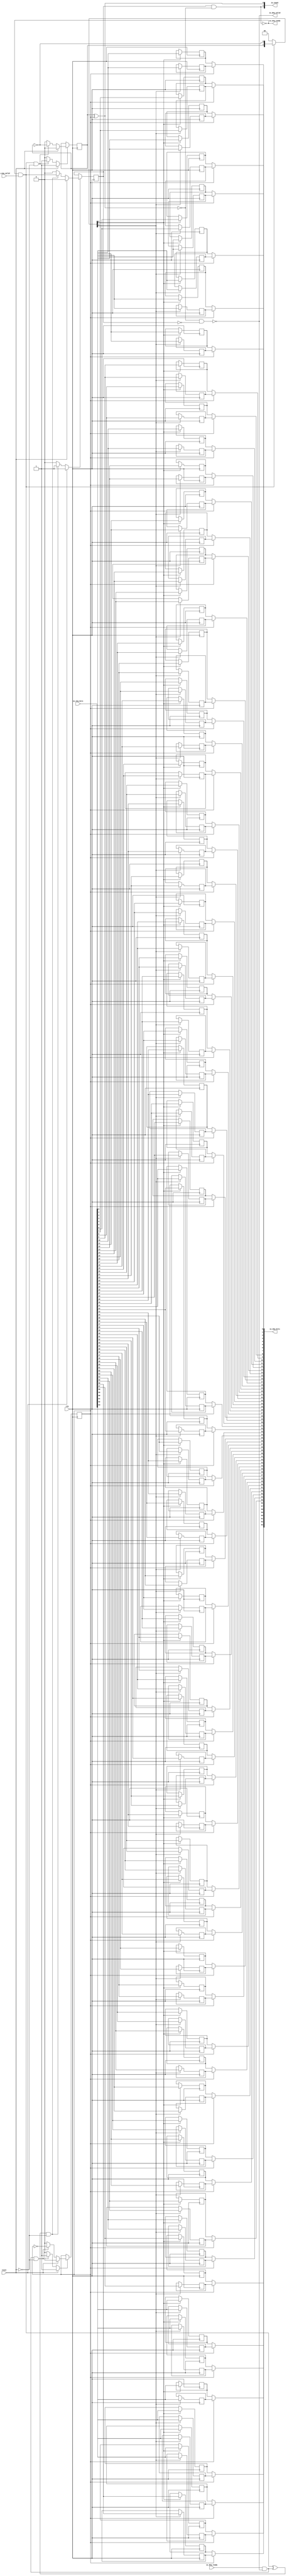
module Queue_1
(
  clk,
  reset,
  io_enq_ready,
  io_enq_valid,
  io_enq_bits,
  io_deq_ready,
  io_deq_valid,
  io_deq_bits,
  io_count
);

  input [63:0] io_enq_bits;
  output [63:0] io_deq_bits;
  output [1:0] io_count;
  input clk;
  input reset;
  input io_enq_valid;
  input io_deq_ready;
  output io_enq_ready;
  output io_deq_valid;
  wire [63:0] io_deq_bits;
  wire [1:0] io_count;
  wire io_enq_ready,io_deq_valid,N0,N1,N2,N3,N4,do_deq,T3,do_enq,T6,ptr_match,T9,N5,
  empty,T13,full,N6,N7,N8,N9,N10,N11,N12,N13,N14,N15,N16,N17,N18,N19,N21,N22,N23,N24,
  N25,N26;
  reg R1,N20,maybe_full;
  reg [127:0] ram;
  assign N0 = N20 ^ R1;
  assign ptr_match = ~N0;
  assign T9 = do_enq ^ do_deq;
  assign io_deq_bits[63] = (N5)? ram[63] : 
                           (N1)? ram[127] : 1'b0;
  assign N1 = R1;
  assign io_deq_bits[62] = (N5)? ram[62] : 
                           (N1)? ram[126] : 1'b0;
  assign io_deq_bits[61] = (N5)? ram[61] : 
                           (N1)? ram[125] : 1'b0;
  assign io_deq_bits[60] = (N5)? ram[60] : 
                           (N1)? ram[124] : 1'b0;
  assign io_deq_bits[59] = (N5)? ram[59] : 
                           (N1)? ram[123] : 1'b0;
  assign io_deq_bits[58] = (N5)? ram[58] : 
                           (N1)? ram[122] : 1'b0;
  assign io_deq_bits[57] = (N5)? ram[57] : 
                           (N1)? ram[121] : 1'b0;
  assign io_deq_bits[56] = (N5)? ram[56] : 
                           (N1)? ram[120] : 1'b0;
  assign io_deq_bits[55] = (N5)? ram[55] : 
                           (N1)? ram[119] : 1'b0;
  assign io_deq_bits[54] = (N5)? ram[54] : 
                           (N1)? ram[118] : 1'b0;
  assign io_deq_bits[53] = (N5)? ram[53] : 
                           (N1)? ram[117] : 1'b0;
  assign io_deq_bits[52] = (N5)? ram[52] : 
                           (N1)? ram[116] : 1'b0;
  assign io_deq_bits[51] = (N5)? ram[51] : 
                           (N1)? ram[115] : 1'b0;
  assign io_deq_bits[50] = (N5)? ram[50] : 
                           (N1)? ram[114] : 1'b0;
  assign io_deq_bits[49] = (N5)? ram[49] : 
                           (N1)? ram[113] : 1'b0;
  assign io_deq_bits[48] = (N5)? ram[48] : 
                           (N1)? ram[112] : 1'b0;
  assign io_deq_bits[47] = (N5)? ram[47] : 
                           (N1)? ram[111] : 1'b0;
  assign io_deq_bits[46] = (N5)? ram[46] : 
                           (N1)? ram[110] : 1'b0;
  assign io_deq_bits[45] = (N5)? ram[45] : 
                           (N1)? ram[109] : 1'b0;
  assign io_deq_bits[44] = (N5)? ram[44] : 
                           (N1)? ram[108] : 1'b0;
  assign io_deq_bits[43] = (N5)? ram[43] : 
                           (N1)? ram[107] : 1'b0;
  assign io_deq_bits[42] = (N5)? ram[42] : 
                           (N1)? ram[106] : 1'b0;
  assign io_deq_bits[41] = (N5)? ram[41] : 
                           (N1)? ram[105] : 1'b0;
  assign io_deq_bits[40] = (N5)? ram[40] : 
                           (N1)? ram[104] : 1'b0;
  assign io_deq_bits[39] = (N5)? ram[39] : 
                           (N1)? ram[103] : 1'b0;
  assign io_deq_bits[38] = (N5)? ram[38] : 
                           (N1)? ram[102] : 1'b0;
  assign io_deq_bits[37] = (N5)? ram[37] : 
                           (N1)? ram[101] : 1'b0;
  assign io_deq_bits[36] = (N5)? ram[36] : 
                           (N1)? ram[100] : 1'b0;
  assign io_deq_bits[35] = (N5)? ram[35] : 
                           (N1)? ram[99] : 1'b0;
  assign io_deq_bits[34] = (N5)? ram[34] : 
                           (N1)? ram[98] : 1'b0;
  assign io_deq_bits[33] = (N5)? ram[33] : 
                           (N1)? ram[97] : 1'b0;
  assign io_deq_bits[32] = (N5)? ram[32] : 
                           (N1)? ram[96] : 1'b0;
  assign io_deq_bits[31] = (N5)? ram[31] : 
                           (N1)? ram[95] : 1'b0;
  assign io_deq_bits[30] = (N5)? ram[30] : 
                           (N1)? ram[94] : 1'b0;
  assign io_deq_bits[29] = (N5)? ram[29] : 
                           (N1)? ram[93] : 1'b0;
  assign io_deq_bits[28] = (N5)? ram[28] : 
                           (N1)? ram[92] : 1'b0;
  assign io_deq_bits[27] = (N5)? ram[27] : 
                           (N1)? ram[91] : 1'b0;
  assign io_deq_bits[26] = (N5)? ram[26] : 
                           (N1)? ram[90] : 1'b0;
  assign io_deq_bits[25] = (N5)? ram[25] : 
                           (N1)? ram[89] : 1'b0;
  assign io_deq_bits[24] = (N5)? ram[24] : 
                           (N1)? ram[88] : 1'b0;
  assign io_deq_bits[23] = (N5)? ram[23] : 
                           (N1)? ram[87] : 1'b0;
  assign io_deq_bits[22] = (N5)? ram[22] : 
                           (N1)? ram[86] : 1'b0;
  assign io_deq_bits[21] = (N5)? ram[21] : 
                           (N1)? ram[85] : 1'b0;
  assign io_deq_bits[20] = (N5)? ram[20] : 
                           (N1)? ram[84] : 1'b0;
  assign io_deq_bits[19] = (N5)? ram[19] : 
                           (N1)? ram[83] : 1'b0;
  assign io_deq_bits[18] = (N5)? ram[18] : 
                           (N1)? ram[82] : 1'b0;
  assign io_deq_bits[17] = (N5)? ram[17] : 
                           (N1)? ram[81] : 1'b0;
  assign io_deq_bits[16] = (N5)? ram[16] : 
                           (N1)? ram[80] : 1'b0;
  assign io_deq_bits[15] = (N5)? ram[15] : 
                           (N1)? ram[79] : 1'b0;
  assign io_deq_bits[14] = (N5)? ram[14] : 
                           (N1)? ram[78] : 1'b0;
  assign io_deq_bits[13] = (N5)? ram[13] : 
                           (N1)? ram[77] : 1'b0;
  assign io_deq_bits[12] = (N5)? ram[12] : 
                           (N1)? ram[76] : 1'b0;
  assign io_deq_bits[11] = (N5)? ram[11] : 
                           (N1)? ram[75] : 1'b0;
  assign io_deq_bits[10] = (N5)? ram[10] : 
                           (N1)? ram[74] : 1'b0;
  assign io_deq_bits[9] = (N5)? ram[9] : 
                          (N1)? ram[73] : 1'b0;
  assign io_deq_bits[8] = (N5)? ram[8] : 
                          (N1)? ram[72] : 1'b0;
  assign io_deq_bits[7] = (N5)? ram[7] : 
                          (N1)? ram[71] : 1'b0;
  assign io_deq_bits[6] = (N5)? ram[6] : 
                          (N1)? ram[70] : 1'b0;
  assign io_deq_bits[5] = (N5)? ram[5] : 
                          (N1)? ram[69] : 1'b0;
  assign io_deq_bits[4] = (N5)? ram[4] : 
                          (N1)? ram[68] : 1'b0;
  assign io_deq_bits[3] = (N5)? ram[3] : 
                          (N1)? ram[67] : 1'b0;
  assign io_deq_bits[2] = (N5)? ram[2] : 
                          (N1)? ram[66] : 1'b0;
  assign io_deq_bits[1] = (N5)? ram[1] : 
                          (N1)? ram[65] : 1'b0;
  assign io_deq_bits[0] = (N5)? ram[0] : 
                          (N1)? ram[64] : 1'b0;

  always @(posedge clk) begin
    if(N8) begin
      R1 <= N9;
    end 
  end


  always @(posedge clk) begin
    if(N12) begin
      N20 <= N13;
    end 
  end


  always @(posedge clk) begin
    if(N16) begin
      maybe_full <= N17;
    end 
  end


  always @(posedge clk) begin
    if(N22) begin
      ram[127] <= io_enq_bits[63];
    end 
  end


  always @(posedge clk) begin
    if(N22) begin
      ram[126] <= io_enq_bits[62];
    end 
  end


  always @(posedge clk) begin
    if(N22) begin
      ram[125] <= io_enq_bits[61];
    end 
  end


  always @(posedge clk) begin
    if(N22) begin
      ram[124] <= io_enq_bits[60];
    end 
  end


  always @(posedge clk) begin
    if(N22) begin
      ram[123] <= io_enq_bits[59];
    end 
  end


  always @(posedge clk) begin
    if(N22) begin
      ram[122] <= io_enq_bits[58];
    end 
  end


  always @(posedge clk) begin
    if(N22) begin
      ram[121] <= io_enq_bits[57];
    end 
  end


  always @(posedge clk) begin
    if(N22) begin
      ram[120] <= io_enq_bits[56];
    end 
  end


  always @(posedge clk) begin
    if(N22) begin
      ram[119] <= io_enq_bits[55];
    end 
  end


  always @(posedge clk) begin
    if(N22) begin
      ram[118] <= io_enq_bits[54];
    end 
  end


  always @(posedge clk) begin
    if(N22) begin
      ram[117] <= io_enq_bits[53];
    end 
  end


  always @(posedge clk) begin
    if(N22) begin
      ram[116] <= io_enq_bits[52];
    end 
  end


  always @(posedge clk) begin
    if(N22) begin
      ram[115] <= io_enq_bits[51];
    end 
  end


  always @(posedge clk) begin
    if(N22) begin
      ram[114] <= io_enq_bits[50];
    end 
  end


  always @(posedge clk) begin
    if(N22) begin
      ram[113] <= io_enq_bits[49];
    end 
  end


  always @(posedge clk) begin
    if(N22) begin
      ram[112] <= io_enq_bits[48];
    end 
  end


  always @(posedge clk) begin
    if(N22) begin
      ram[111] <= io_enq_bits[47];
    end 
  end


  always @(posedge clk) begin
    if(N22) begin
      ram[110] <= io_enq_bits[46];
    end 
  end


  always @(posedge clk) begin
    if(N22) begin
      ram[109] <= io_enq_bits[45];
    end 
  end


  always @(posedge clk) begin
    if(N22) begin
      ram[108] <= io_enq_bits[44];
    end 
  end


  always @(posedge clk) begin
    if(N22) begin
      ram[107] <= io_enq_bits[43];
    end 
  end


  always @(posedge clk) begin
    if(N22) begin
      ram[106] <= io_enq_bits[42];
    end 
  end


  always @(posedge clk) begin
    if(N22) begin
      ram[105] <= io_enq_bits[41];
    end 
  end


  always @(posedge clk) begin
    if(N22) begin
      ram[104] <= io_enq_bits[40];
    end 
  end


  always @(posedge clk) begin
    if(N22) begin
      ram[103] <= io_enq_bits[39];
    end 
  end


  always @(posedge clk) begin
    if(N22) begin
      ram[102] <= io_enq_bits[38];
    end 
  end


  always @(posedge clk) begin
    if(N22) begin
      ram[101] <= io_enq_bits[37];
    end 
  end


  always @(posedge clk) begin
    if(N22) begin
      ram[100] <= io_enq_bits[36];
    end 
  end


  always @(posedge clk) begin
    if(N22) begin
      ram[99] <= io_enq_bits[35];
    end 
  end


  always @(posedge clk) begin
    if(N22) begin
      ram[98] <= io_enq_bits[34];
    end 
  end


  always @(posedge clk) begin
    if(N22) begin
      ram[97] <= io_enq_bits[33];
    end 
  end


  always @(posedge clk) begin
    if(N22) begin
      ram[96] <= io_enq_bits[32];
    end 
  end


  always @(posedge clk) begin
    if(N22) begin
      ram[95] <= io_enq_bits[31];
    end 
  end


  always @(posedge clk) begin
    if(N22) begin
      ram[94] <= io_enq_bits[30];
    end 
  end


  always @(posedge clk) begin
    if(N22) begin
      ram[93] <= io_enq_bits[29];
    end 
  end


  always @(posedge clk) begin
    if(N22) begin
      ram[92] <= io_enq_bits[28];
    end 
  end


  always @(posedge clk) begin
    if(N22) begin
      ram[91] <= io_enq_bits[27];
    end 
  end


  always @(posedge clk) begin
    if(N22) begin
      ram[90] <= io_enq_bits[26];
    end 
  end


  always @(posedge clk) begin
    if(N22) begin
      ram[89] <= io_enq_bits[25];
    end 
  end


  always @(posedge clk) begin
    if(N22) begin
      ram[88] <= io_enq_bits[24];
    end 
  end


  always @(posedge clk) begin
    if(N22) begin
      ram[87] <= io_enq_bits[23];
    end 
  end


  always @(posedge clk) begin
    if(N22) begin
      ram[86] <= io_enq_bits[22];
    end 
  end


  always @(posedge clk) begin
    if(N22) begin
      ram[85] <= io_enq_bits[21];
    end 
  end


  always @(posedge clk) begin
    if(N22) begin
      ram[84] <= io_enq_bits[20];
    end 
  end


  always @(posedge clk) begin
    if(N22) begin
      ram[83] <= io_enq_bits[19];
    end 
  end


  always @(posedge clk) begin
    if(N22) begin
      ram[82] <= io_enq_bits[18];
    end 
  end


  always @(posedge clk) begin
    if(N22) begin
      ram[81] <= io_enq_bits[17];
    end 
  end


  always @(posedge clk) begin
    if(N22) begin
      ram[80] <= io_enq_bits[16];
    end 
  end


  always @(posedge clk) begin
    if(N22) begin
      ram[79] <= io_enq_bits[15];
    end 
  end


  always @(posedge clk) begin
    if(N22) begin
      ram[78] <= io_enq_bits[14];
    end 
  end


  always @(posedge clk) begin
    if(N22) begin
      ram[77] <= io_enq_bits[13];
    end 
  end


  always @(posedge clk) begin
    if(N22) begin
      ram[76] <= io_enq_bits[12];
    end 
  end


  always @(posedge clk) begin
    if(N22) begin
      ram[75] <= io_enq_bits[11];
    end 
  end


  always @(posedge clk) begin
    if(N22) begin
      ram[74] <= io_enq_bits[10];
    end 
  end


  always @(posedge clk) begin
    if(N22) begin
      ram[73] <= io_enq_bits[9];
    end 
  end


  always @(posedge clk) begin
    if(N22) begin
      ram[72] <= io_enq_bits[8];
    end 
  end


  always @(posedge clk) begin
    if(N22) begin
      ram[71] <= io_enq_bits[7];
    end 
  end


  always @(posedge clk) begin
    if(N22) begin
      ram[70] <= io_enq_bits[6];
    end 
  end


  always @(posedge clk) begin
    if(N22) begin
      ram[69] <= io_enq_bits[5];
    end 
  end


  always @(posedge clk) begin
    if(N22) begin
      ram[68] <= io_enq_bits[4];
    end 
  end


  always @(posedge clk) begin
    if(N22) begin
      ram[67] <= io_enq_bits[3];
    end 
  end


  always @(posedge clk) begin
    if(N22) begin
      ram[66] <= io_enq_bits[2];
    end 
  end


  always @(posedge clk) begin
    if(N22) begin
      ram[65] <= io_enq_bits[1];
    end 
  end


  always @(posedge clk) begin
    if(N22) begin
      ram[64] <= io_enq_bits[0];
    end 
  end


  always @(posedge clk) begin
    if(N21) begin
      ram[63] <= io_enq_bits[63];
    end 
  end


  always @(posedge clk) begin
    if(N21) begin
      ram[62] <= io_enq_bits[62];
    end 
  end


  always @(posedge clk) begin
    if(N21) begin
      ram[61] <= io_enq_bits[61];
    end 
  end


  always @(posedge clk) begin
    if(N21) begin
      ram[60] <= io_enq_bits[60];
    end 
  end


  always @(posedge clk) begin
    if(N21) begin
      ram[59] <= io_enq_bits[59];
    end 
  end


  always @(posedge clk) begin
    if(N21) begin
      ram[58] <= io_enq_bits[58];
    end 
  end


  always @(posedge clk) begin
    if(N21) begin
      ram[57] <= io_enq_bits[57];
    end 
  end


  always @(posedge clk) begin
    if(N21) begin
      ram[56] <= io_enq_bits[56];
    end 
  end


  always @(posedge clk) begin
    if(N21) begin
      ram[55] <= io_enq_bits[55];
    end 
  end


  always @(posedge clk) begin
    if(N21) begin
      ram[54] <= io_enq_bits[54];
    end 
  end


  always @(posedge clk) begin
    if(N21) begin
      ram[53] <= io_enq_bits[53];
    end 
  end


  always @(posedge clk) begin
    if(N21) begin
      ram[52] <= io_enq_bits[52];
    end 
  end


  always @(posedge clk) begin
    if(N21) begin
      ram[51] <= io_enq_bits[51];
    end 
  end


  always @(posedge clk) begin
    if(N21) begin
      ram[50] <= io_enq_bits[50];
    end 
  end


  always @(posedge clk) begin
    if(N21) begin
      ram[49] <= io_enq_bits[49];
    end 
  end


  always @(posedge clk) begin
    if(N21) begin
      ram[48] <= io_enq_bits[48];
    end 
  end


  always @(posedge clk) begin
    if(N21) begin
      ram[47] <= io_enq_bits[47];
    end 
  end


  always @(posedge clk) begin
    if(N21) begin
      ram[46] <= io_enq_bits[46];
    end 
  end


  always @(posedge clk) begin
    if(N21) begin
      ram[45] <= io_enq_bits[45];
    end 
  end


  always @(posedge clk) begin
    if(N21) begin
      ram[44] <= io_enq_bits[44];
    end 
  end


  always @(posedge clk) begin
    if(N21) begin
      ram[43] <= io_enq_bits[43];
    end 
  end


  always @(posedge clk) begin
    if(N21) begin
      ram[42] <= io_enq_bits[42];
    end 
  end


  always @(posedge clk) begin
    if(N21) begin
      ram[41] <= io_enq_bits[41];
    end 
  end


  always @(posedge clk) begin
    if(N21) begin
      ram[40] <= io_enq_bits[40];
    end 
  end


  always @(posedge clk) begin
    if(N21) begin
      ram[39] <= io_enq_bits[39];
    end 
  end


  always @(posedge clk) begin
    if(N21) begin
      ram[38] <= io_enq_bits[38];
    end 
  end


  always @(posedge clk) begin
    if(N21) begin
      ram[37] <= io_enq_bits[37];
    end 
  end


  always @(posedge clk) begin
    if(N21) begin
      ram[36] <= io_enq_bits[36];
    end 
  end


  always @(posedge clk) begin
    if(N21) begin
      ram[35] <= io_enq_bits[35];
    end 
  end


  always @(posedge clk) begin
    if(N21) begin
      ram[34] <= io_enq_bits[34];
    end 
  end


  always @(posedge clk) begin
    if(N21) begin
      ram[33] <= io_enq_bits[33];
    end 
  end


  always @(posedge clk) begin
    if(N21) begin
      ram[32] <= io_enq_bits[32];
    end 
  end


  always @(posedge clk) begin
    if(N21) begin
      ram[31] <= io_enq_bits[31];
    end 
  end


  always @(posedge clk) begin
    if(N21) begin
      ram[30] <= io_enq_bits[30];
    end 
  end


  always @(posedge clk) begin
    if(N21) begin
      ram[29] <= io_enq_bits[29];
    end 
  end


  always @(posedge clk) begin
    if(N21) begin
      ram[28] <= io_enq_bits[28];
    end 
  end


  always @(posedge clk) begin
    if(N21) begin
      ram[27] <= io_enq_bits[27];
    end 
  end


  always @(posedge clk) begin
    if(N21) begin
      ram[26] <= io_enq_bits[26];
    end 
  end


  always @(posedge clk) begin
    if(N21) begin
      ram[25] <= io_enq_bits[25];
    end 
  end


  always @(posedge clk) begin
    if(N21) begin
      ram[24] <= io_enq_bits[24];
    end 
  end


  always @(posedge clk) begin
    if(N21) begin
      ram[23] <= io_enq_bits[23];
    end 
  end


  always @(posedge clk) begin
    if(N21) begin
      ram[22] <= io_enq_bits[22];
    end 
  end


  always @(posedge clk) begin
    if(N21) begin
      ram[21] <= io_enq_bits[21];
    end 
  end


  always @(posedge clk) begin
    if(N21) begin
      ram[20] <= io_enq_bits[20];
    end 
  end


  always @(posedge clk) begin
    if(N21) begin
      ram[19] <= io_enq_bits[19];
    end 
  end


  always @(posedge clk) begin
    if(N21) begin
      ram[18] <= io_enq_bits[18];
    end 
  end


  always @(posedge clk) begin
    if(N21) begin
      ram[17] <= io_enq_bits[17];
    end 
  end


  always @(posedge clk) begin
    if(N21) begin
      ram[16] <= io_enq_bits[16];
    end 
  end


  always @(posedge clk) begin
    if(N21) begin
      ram[15] <= io_enq_bits[15];
    end 
  end


  always @(posedge clk) begin
    if(N21) begin
      ram[14] <= io_enq_bits[14];
    end 
  end


  always @(posedge clk) begin
    if(N21) begin
      ram[13] <= io_enq_bits[13];
    end 
  end


  always @(posedge clk) begin
    if(N21) begin
      ram[12] <= io_enq_bits[12];
    end 
  end


  always @(posedge clk) begin
    if(N21) begin
      ram[11] <= io_enq_bits[11];
    end 
  end


  always @(posedge clk) begin
    if(N21) begin
      ram[10] <= io_enq_bits[10];
    end 
  end


  always @(posedge clk) begin
    if(N21) begin
      ram[9] <= io_enq_bits[9];
    end 
  end


  always @(posedge clk) begin
    if(N21) begin
      ram[8] <= io_enq_bits[8];
    end 
  end


  always @(posedge clk) begin
    if(N21) begin
      ram[7] <= io_enq_bits[7];
    end 
  end


  always @(posedge clk) begin
    if(N21) begin
      ram[6] <= io_enq_bits[6];
    end 
  end


  always @(posedge clk) begin
    if(N21) begin
      ram[5] <= io_enq_bits[5];
    end 
  end


  always @(posedge clk) begin
    if(N21) begin
      ram[4] <= io_enq_bits[4];
    end 
  end


  always @(posedge clk) begin
    if(N21) begin
      ram[3] <= io_enq_bits[3];
    end 
  end


  always @(posedge clk) begin
    if(N21) begin
      ram[2] <= io_enq_bits[2];
    end 
  end


  always @(posedge clk) begin
    if(N21) begin
      ram[1] <= io_enq_bits[1];
    end 
  end


  always @(posedge clk) begin
    if(N21) begin
      ram[0] <= io_enq_bits[0];
    end 
  end

  assign io_count[0] = N20 ^ R1;
  assign T3 = R1 ^ 1'b1;
  assign T6 = N20 ^ 1'b1;
  assign N19 = ~N20;
  assign N8 = (N2)? 1'b1 : 
              (N24)? 1'b1 : 
              (N7)? 1'b0 : 1'b0;
  assign N2 = reset;
  assign N9 = (N2)? 1'b0 : 
              (N24)? T3 : 1'b0;
  assign N12 = (N2)? 1'b1 : 
               (N25)? 1'b1 : 
               (N11)? 1'b0 : 1'b0;
  assign N13 = (N2)? 1'b0 : 
               (N25)? T6 : 1'b0;
  assign N16 = (N2)? 1'b1 : 
               (N26)? 1'b1 : 
               (N15)? 1'b0 : 1'b0;
  assign N17 = (N2)? 1'b0 : 
               (N26)? do_enq : 1'b0;
  assign { N22, N21 } = (N3)? { N20, N19 } : 
                        (N4)? { 1'b0, 1'b0 } : 1'b0;
  assign N3 = do_enq;
  assign N4 = N18;
  assign do_deq = io_deq_ready & io_deq_valid;
  assign do_enq = io_enq_ready & io_enq_valid;
  assign io_count[1] = maybe_full & ptr_match;
  assign N5 = ~R1;
  assign io_deq_valid = ~empty;
  assign empty = ptr_match & T13;
  assign T13 = ~maybe_full;
  assign io_enq_ready = ~full;
  assign full = ptr_match & maybe_full;
  assign N6 = do_deq | reset;
  assign N7 = ~N6;
  assign N10 = do_enq | reset;
  assign N11 = ~N10;
  assign N14 = T9 | reset;
  assign N15 = ~N14;
  assign N18 = ~do_enq;
  assign N23 = ~reset;
  assign N24 = do_deq & N23;
  assign N25 = do_enq & N23;
  assign N26 = T9 & N23;

endmodule